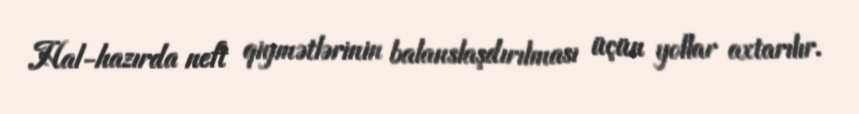
Hal-hazırda neft qiymətlərinin balanslaşdırılması üçün yollar axtarılır.